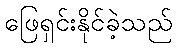
ဖြေရှင်းနိုင်ခဲ့သည်